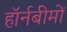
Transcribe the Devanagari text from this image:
हॉर्नबीमों